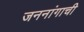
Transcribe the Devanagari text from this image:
जननांगाची